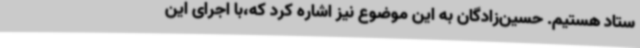
ستاد هستیم. حسین‌زادگان به این موضوع نیز اشاره کرد که،با اجرای این